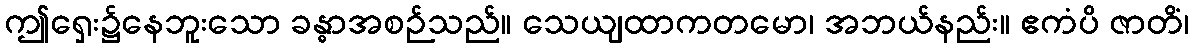
ဤရှေး၌နေဘူးသော ခန္ဓာအစဉ်သည်။ သေယျထာကတမော၊ အဘယ်နည်း။ ဧကံပိ ဇာတိံ၊